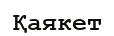
Қаякет